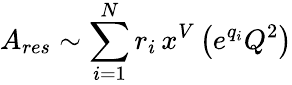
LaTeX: A_{res}\sim\sum_{i=1}^{N}r_{i}\, x^{V}\left(e^{q_{i}}Q^{2}\right)